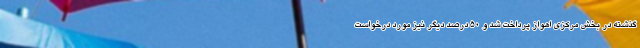
گذشته در بخش مرکزی اهواز پرداخت شد و ۵۰ درصد دیگر نیز مورد درخواست